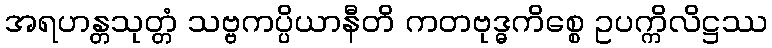
အရဟန္တသုတ္တံ သဗ္ဗကပ္ပိယာနီတိ ကတဗုဒ္ဓကိစ္စေ ဥပက္ကိလိဋ္ဌဿ